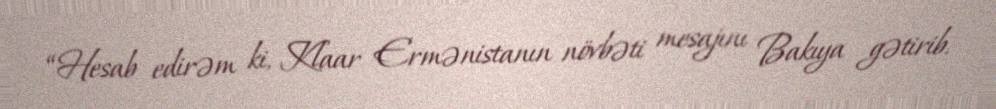
“Hesab edirəm ki, Klaar Ermənistanın növbəti mesajını Bakıya gətirib.